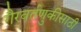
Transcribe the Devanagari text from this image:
गैरवर्तणुकीसाठी